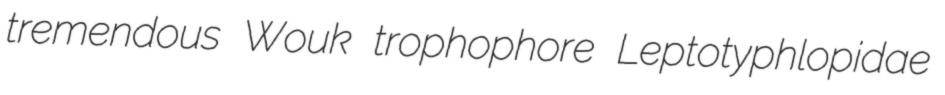
tremendous Wouk trophophore Leptotyphlopidae